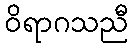
ဝိရာဂသညီ